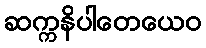
ဆက္ကနိပါတေယေဝ